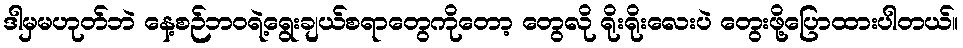
ဒါမှမဟုတ်ဘဲ နေ့စဉ်ဘဝရဲ့ရွေးချယ်စရာတွေကိုတော့ တွေလို ရိုးရိုးလေးပဲ တွေးဖို့ပြောထားပါတယ်။